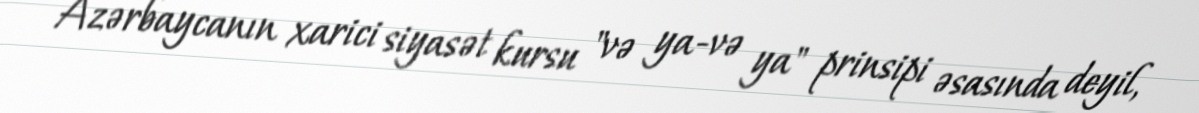
Azərbaycanın xarici siyasət kursu "və ya-və ya" prinsipi əsasında deyil,